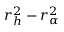
r _ { h } ^ { 2 } - r _ { \alpha } ^ { 2 }